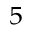
_ { 5 }